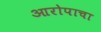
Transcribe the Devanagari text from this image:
आरोपाचा